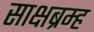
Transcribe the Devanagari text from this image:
साक्षब्रम्ह